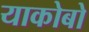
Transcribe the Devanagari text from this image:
याकोबो